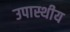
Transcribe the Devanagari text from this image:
उपास्थीय